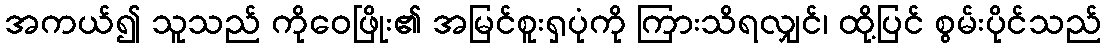
အကယ်၍ သူသည် ကိုဝေဖြိုး၏ အမြင်စူးရှပုံကို ကြားသိရလျှင်၊ ထို့ပြင် စွမ်းပိုင်သည်